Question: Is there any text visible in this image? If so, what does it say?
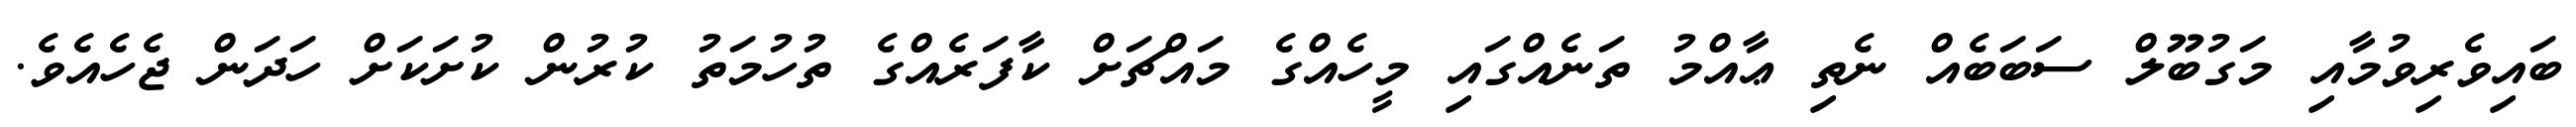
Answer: ބައިވެރިވުމާއި މަގުބޫލް ސަބަބެއް ނެތި ޢާއްމު ތަނެއްގައި މީހެއްގެ މައްޗަށް ކާފަރެއްގެ ތުހުމަތު ކުރުން ކުށަކަށް ހަދަން ޖެހެއެވެ.